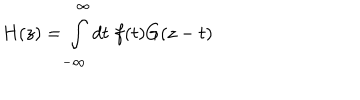
LaTeX: H ( z ) = \int _ { - \infty } ^ { \infty } d t \; f ( t ) G ( z - t )